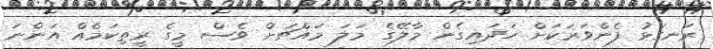
ރަނގަޅު ފެންވަރަކަށް ހަދައިގެން މާލޭގެ މަލަ މައްޗަށް ވެސް މީގެ ރީތިކަމެއް އަންނަ